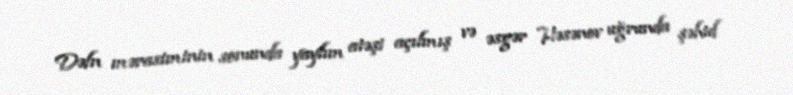
Dəfn mərasiminin sonunda yaylım atəşi açılmış və əsgər Həsənov uğrunda şəhid